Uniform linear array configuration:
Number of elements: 24
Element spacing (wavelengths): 0.25
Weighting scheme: hamming
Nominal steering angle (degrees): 60
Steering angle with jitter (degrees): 60.307
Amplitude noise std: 0.05
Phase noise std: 0.05

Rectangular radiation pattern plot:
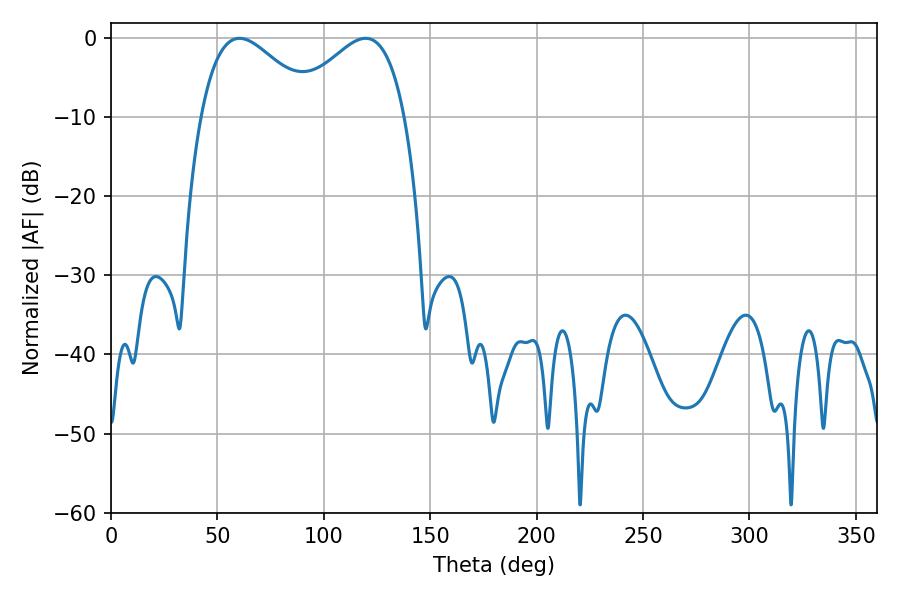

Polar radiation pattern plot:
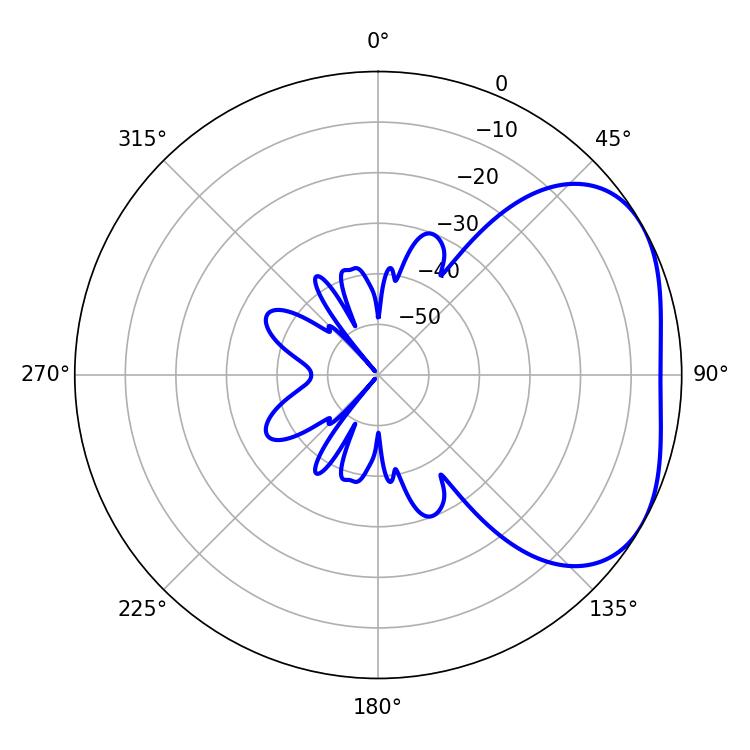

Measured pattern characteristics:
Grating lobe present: FALSE
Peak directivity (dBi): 3.294
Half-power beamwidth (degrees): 29.16
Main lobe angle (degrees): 60.3